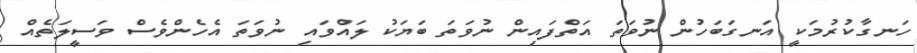
ހަނގާކުރުމަކީ އަނގަބަހުން ނުވަތަ އަތްފައިން ނުވަތަ ބަޔަކު ލައްވައި ނުވަތަ އެހެންވެސް ވަސީލަތެއް